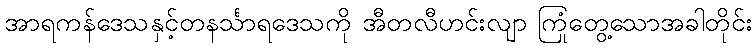
အာရကန်ဒေသနှင့်တနင်္သာရဒေသကို အီတလီဟင်းလျာ ကြုံတွေ့သောအခါတိုင်း